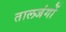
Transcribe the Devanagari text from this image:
तालजंगों